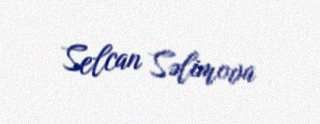
Selcan Səlimova